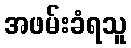
အဖမ်းခံရသူ